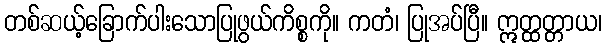
တစ်ဆယ့်ခြောက်ပါးသောပြုဖွယ်ကိစ္စကို။ ကတံ၊ ပြုအပ်ပြီ။ ဣတ္ထတ္တာယ၊